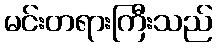
မင်းတရားကြီးသည်